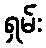
ရှမ်း